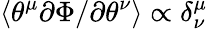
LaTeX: \langle\theta^{\mu}\partial\Phi/\partial\theta^{\nu}\rangle\propto\delta_{\nu}^{\mu}